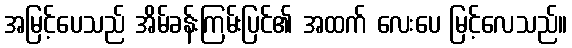
အမြင့်ပေသည် အိမ်ခန်းကြမ်းပြင်၏ အထက် လေးပေ မြင့်လေသည်။